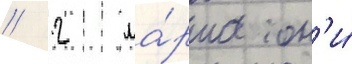
// 2 ма́рта он'и́